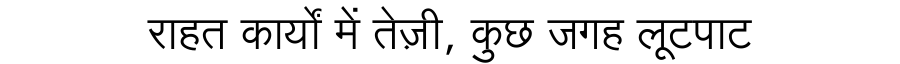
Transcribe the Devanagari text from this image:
राहत कार्यों में तेज़ी, कुछ जगह लूटपाट